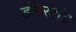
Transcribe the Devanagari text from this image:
डोंगरदांड